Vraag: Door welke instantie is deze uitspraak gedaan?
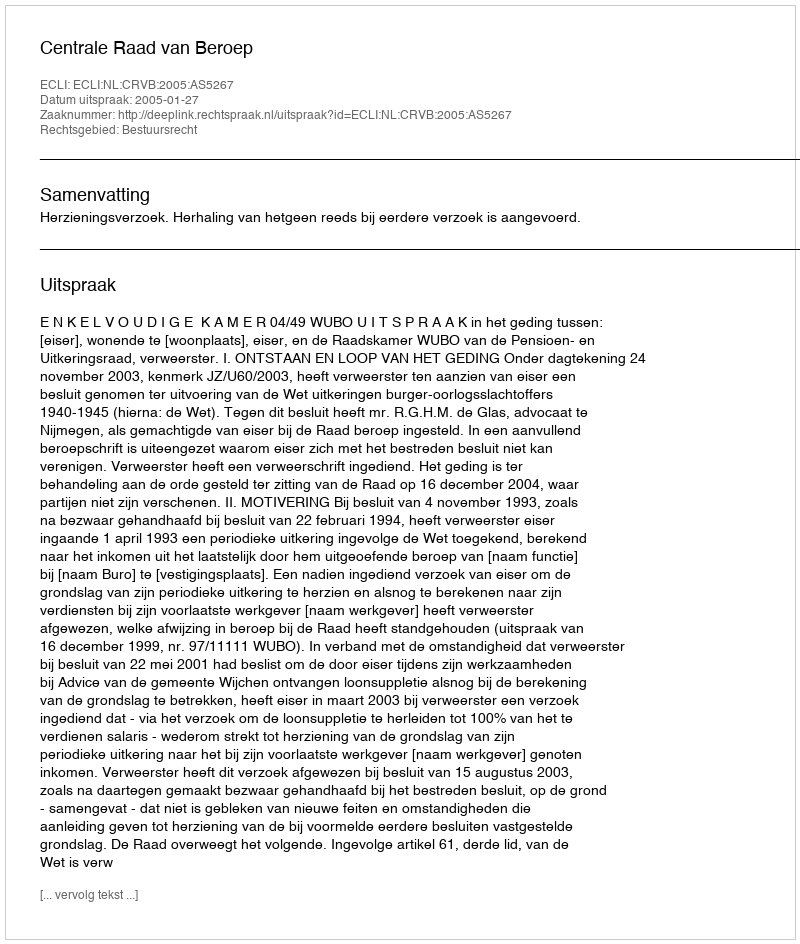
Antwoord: Centrale Raad van Beroep